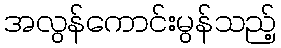
အလွန်ကောင်းမွန်သည့်